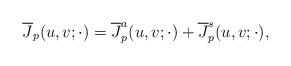
LaTeX: \begin{align*}\displaystyle{\overline{J}_p(u,v;\cdot)= \overline{J}_p^a(u,v; \cdot)+ \overline{J}_p^s(u,v;\cdot),}\end{align*}